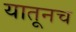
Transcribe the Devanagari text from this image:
यातूनच